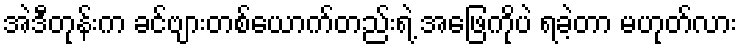
အဲဒီတုန်းက ခင်ဗျားတစ်ယောက်တည်းရဲ့ အဖြေကိုပဲ ရခဲ့တာ မဟုတ်လား